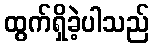
ထွက်ရှိခဲ့ပါသည်